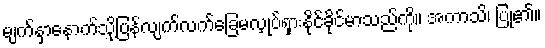
မျက်နှာနောက်သို့ပြန်လျက်လက်ခြေမလှုပ်ရှားနိုင်ခိုင်မာသည်ကို။ အကာသိ၊ ပြု၏။